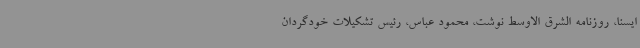
ایسنا، روزنامه الشرق الاوسط نوشت، محمود عباس، رئیس تشکیلات خودگردان